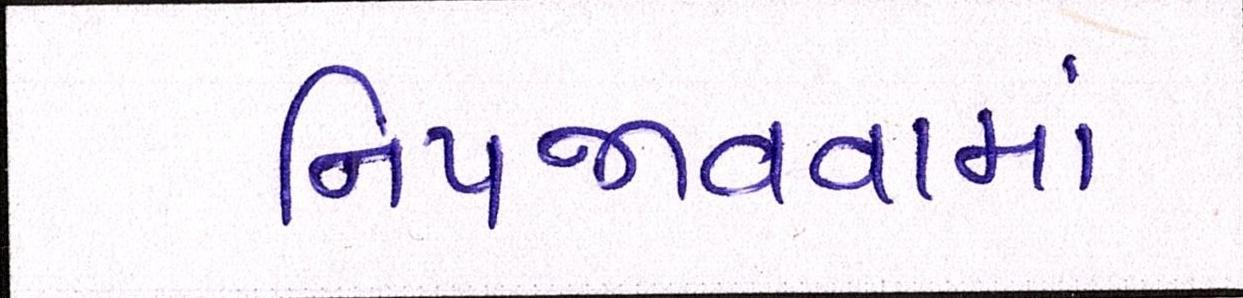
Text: નિપજાવવામાં